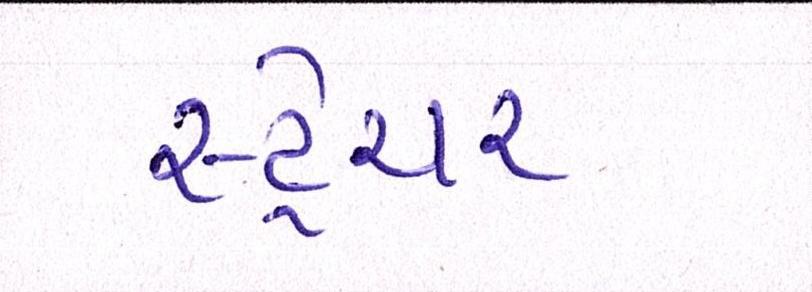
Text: સ્ટ્રેચર